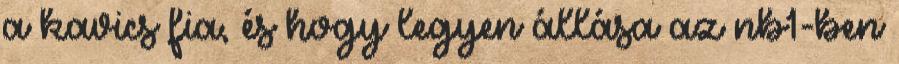
a kavics fia, és hogy legyen állása az nb1-ben